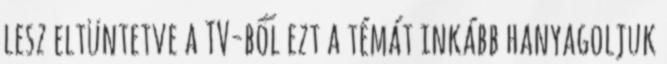
lesz eltüntetve a TV-ből ezt a témát inkább hanyagoljuk